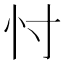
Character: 忖